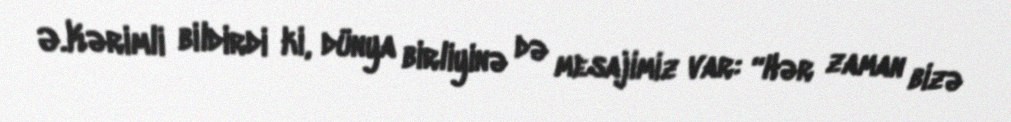
Ə.Kərimli bildirdi ki, dünya birliyinə də mesajimiz var: “Hər zaman bizə